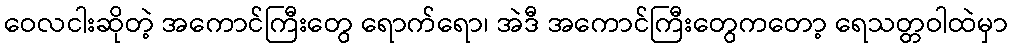
ဝေလငါးဆိုတဲ့ အကောင်ကြီးတွေ ရောက်ရော၊ အဲဒီ အကောင်ကြီးတွေကတော့ ရေသတ္တဝါထဲမှာ